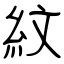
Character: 紋